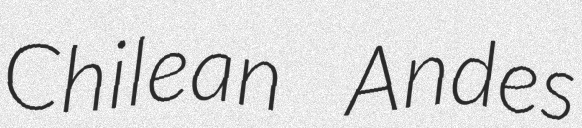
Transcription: Chilean Andes